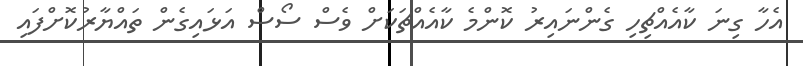
އެހާ ގިނަ ކާއެއްޗިހި ގެންނައިރު ކޮންމެ ކާއެއްޗަކަށް ވެސް ސޯސް އަޅައިގެން ތައްޔާރުކޮށްފައި